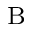
_ \mathrm { B }